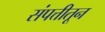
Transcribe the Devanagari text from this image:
संपत्तीतून